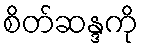
စိတ်ဆန္ဒကို